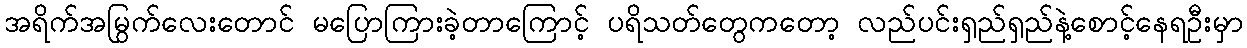
အရိက်အမြွက်လေးတောင် မပြောကြားခဲ့တာကြောင့် ပရိသတ်တွေကတော့ လည်ပင်းရှည်ရှည်နဲ့စောင့်နေရဦးမှာ